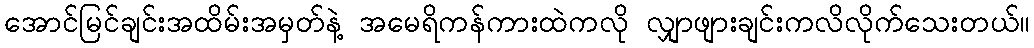
အောင်မြင်ချင်းအထိမ်းအမှတ်နဲ့ အမေရိကန်ကားထဲကလို လျှာဖျားချင်းကလိလိုက်သေးတယ်။